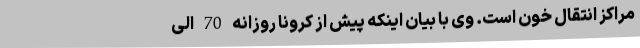
مراکز انتقال خون است. وی با بیان اینکه پیش از کرونا روزانه 70 الی